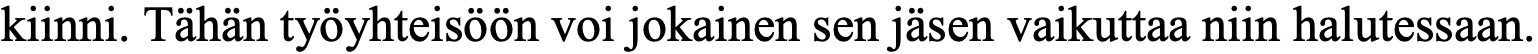
kiinni. Tähän työyhteisöön voi jokainen sen jäsen vaikuttaa niin halutessaan.